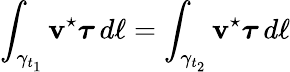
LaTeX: \int_{\gamma_{t_{1}}}\boldsymbol{\mathbf{v}}^{\star}\boldsymbol{\tau}\, d\ell=\int_{\gamma_{t_{2}}}\boldsymbol{\mathbf{v}}^{\star}\boldsymbol{\tau}\, d\ell